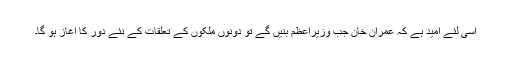
اسی لئے امید ہے کہ عمران خان جب وزیراعظم بنیں گے تو دونوں ملکوں کے تعلقات کے نئے دور کا آغاز ہو گا۔